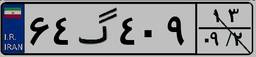
۶۴گ۴۰۹۱۳